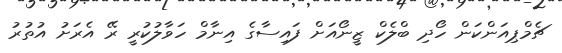
ޗެމްޕިއަންކަން ހޯދި ބްލެކް ޒީނޯއަށް ފައިސާގެ އިނާމް ހަވާލުކުރީ ރޭ އެރަށު އުތުރު